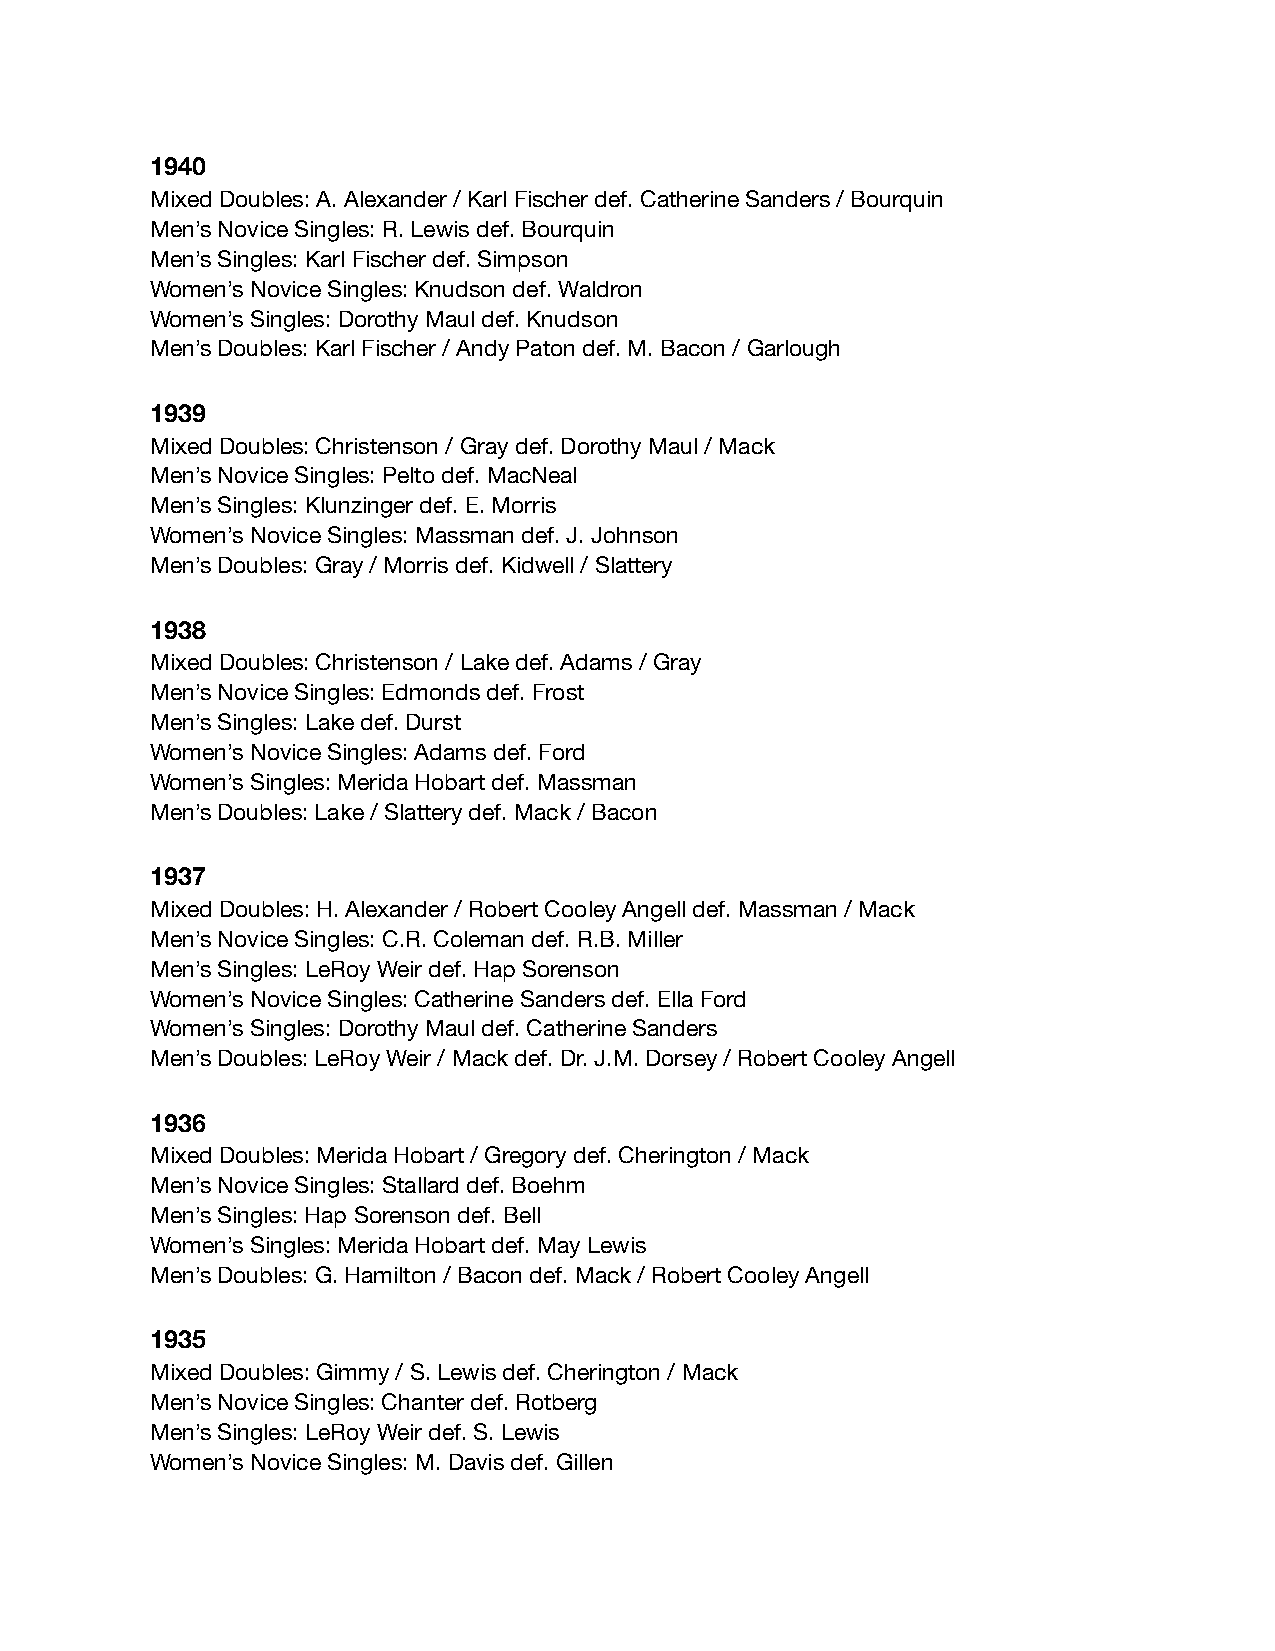
1940
 Mixed Doubles: A. Alexander / Karl Fischer def. Catherine Sanders / Bourquin
 Men’s Novice Singles: R. Lewis def. Bourquin
 Men’s Singles: Karl Fischer def. Simpson
 Women’s Novice Singles: Knudson def. Waldron
 Women’s Singles: Dorothy Maul def. Knudson
 Men’s Doubles: Karl Fischer / Andy Paton def. M. Bacon / Garlough
 1939
 Mixed Doubles: Christenson / Gray def. Dorothy Maul / Mack
 Men’s Novice Singles: Pelto def. MacNeal
 Men’s Singles: Klunzinger def. E. Morris
 Women’s Novice Singles: Massman def. J. Johnson
 Men’s Doubles: Gray / Morris def. Kidwell / Slattery
 1938
 Mixed Doubles: Christenson / Lake def. Adams / Gray
 Men’s Novice Singles: Edmonds def. Frost
 Men’s Singles: Lake def. Durst
 Women’s Novice Singles: Adams def. Ford
 Women’s Singles: Merida Hobart def. Massman
 Men’s Doubles: Lake / Slattery def. Mack / Bacon
 1937
 Mixed Doubles: H. Alexander / Robert Cooley Angell def. Massman / Mack
 Men’s Novice Singles: C.R. Coleman def. R.B. Miller
 Men’s Singles: LeRoy Weir def. Hap Sorenson
 Women’s Novice Singles: Catherine Sanders def. Ella Ford
 Women’s Singles: Dorothy Maul def. Catherine Sanders
 Men’s Doubles: LeRoy Weir / Mack def. Dr. J.M. Dorsey / Robert Cooley Angell
 1936
 Mixed Doubles: Merida Hobart / Gregory def. Cherington / Mack
 Men’s Novice Singles: Stallard def. Boehm
 Men’s Singles: Hap Sorenson def. Bell
 Women’s Singles: Merida Hobart def. May Lewis
 Men’s Doubles: G. Hamilton / Bacon def. Mack / Robert Cooley Angell
 1935
 Mixed Doubles: Gimmy / S. Lewis def. Cherington / Mack
 Men’s Novice Singles: Chanter def. Rotberg
 Men’s Singles: LeRoy Weir def. S. Lewis
 Women’s Novice Singles: M. Davis def. Gillen